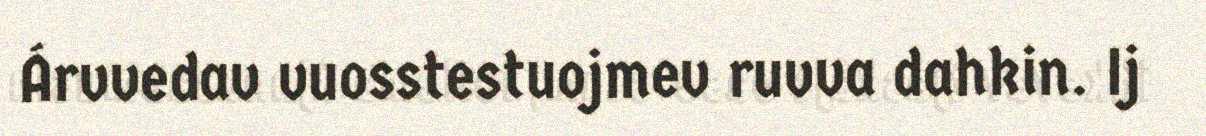
Árvvedav vuosstestuojmev ruvva dahkin. Ij